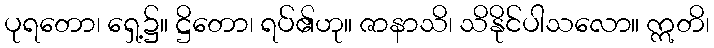
ပုရတော၊ ရှေ့၌။ ဋ္ဌိတော၊ ရပ်၏ဟု။ ဇာနာသိ၊ သိနိုင်ပါသလော။ ဣတိ၊